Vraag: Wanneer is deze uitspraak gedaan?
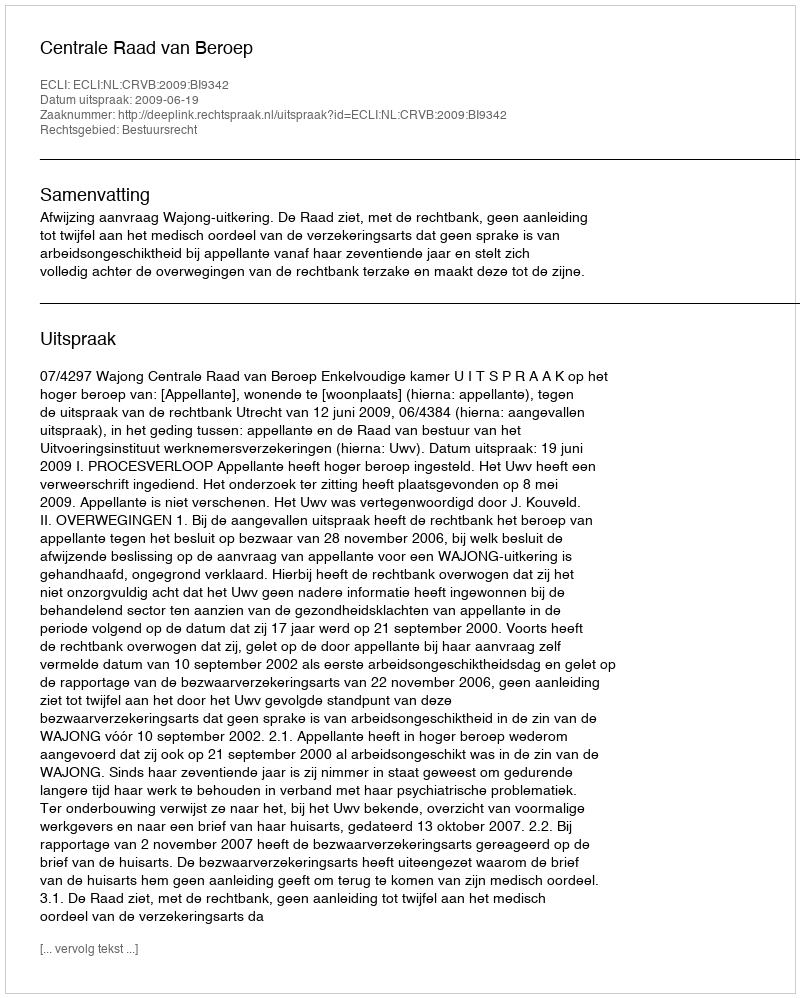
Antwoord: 2009-06-19